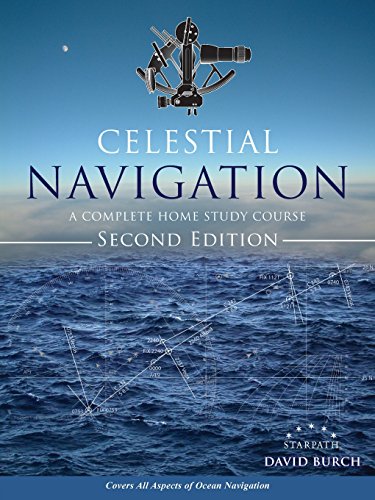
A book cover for Celestial Navigation: A Complete Home Study Course, Second Edition; David Burch; Sports & Outdoors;